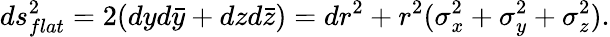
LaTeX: ds_{flat}^{2}=2(dyd\bar{y}+dzd\bar{z})=dr^{2}+r^{2}(\sigma_{x}^{2}+\sigma_{y}^{2}+\sigma_{z}^{2}).